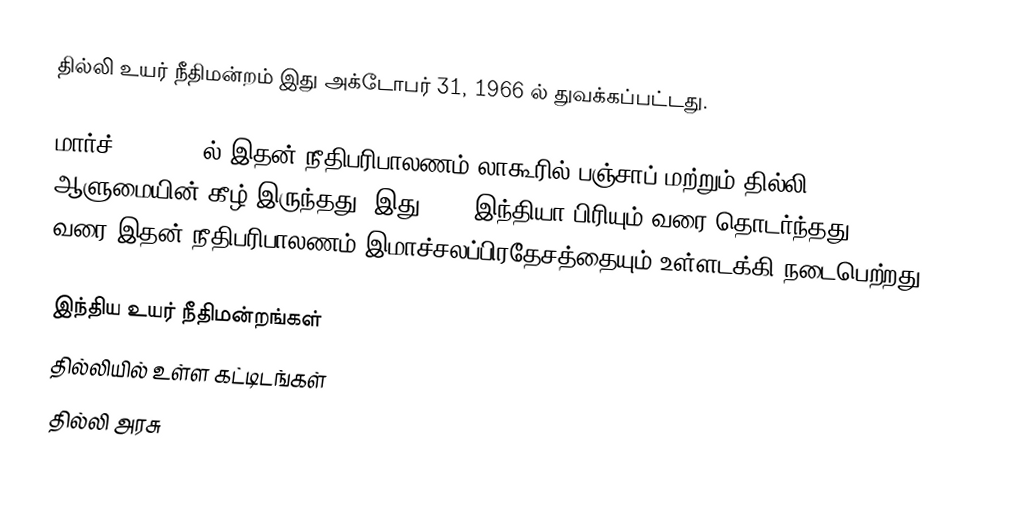
தில்லி உயர் நீதிமன்றம் இது அக்டோபர் 31, 1966 ல் துவக்கப்பட்டது.

மார்ச் 21, 1919 ல் இதன் நீதிபரிபாலணம்  லாகூரில்  பஞ்சாப் மற்றும் தில்லி ஆளுமையின் கீழ் இருந்தது. இது 1947 இந்தியா பிரியும் வரை தொடர்ந்தது. 1971 வரை இதன் நீதிபரிபாலணம்  இமாச்சலப்பிரதேசத்தையும் உள்ளடக்கி நடைபெற்றது.

இந்திய உயர் நீதிமன்றங்கள்
தில்லியில் உள்ள கட்டிடங்கள்
தில்லி அரசு